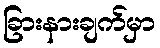
ခြားနားချက်မှာ